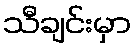
သီချင်းမှာ